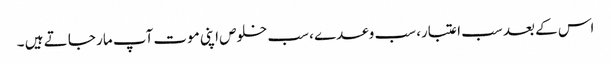
اس کے بعد سب اعتبار، سب وعدے ، سب خلوص اپنی موت آپ مار جا تے ہیں ۔